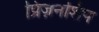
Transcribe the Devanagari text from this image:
प्रिज़नशिप